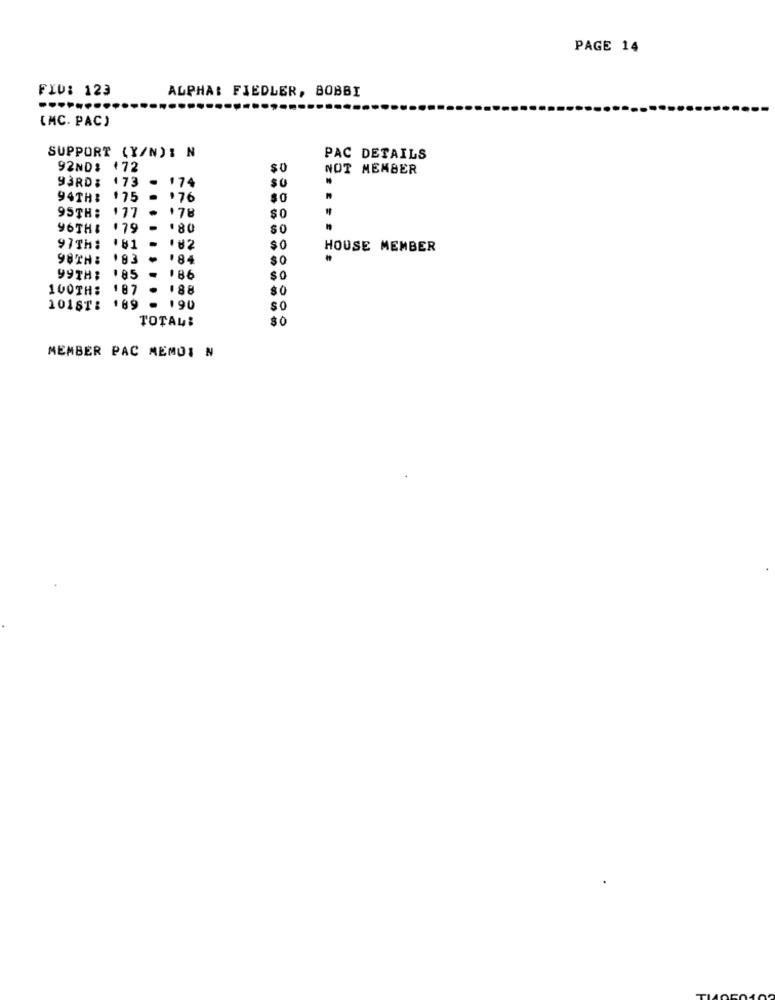
PAGE 14
FID: 123
ALPHAS FIEDLER, BOBBI
(MC. PAC)
SUPPORT (Y/N): N
PAC DETAILS
92ND:
172
$0
NOT MEMBER
93RD :
173
174
94TH:
976
$0
177
178
95TH:
$0
96TH&
.79
.80
$0
97TH:
.81
182
$0
HOUSE MEMBER
98TH :
183
.84
$0
99TH;
185
.
186
$0
100TH:
187
188
$0
101ST: 189
. 190
so
TOTAL:
$0
MEMBER PAC MEMOI N